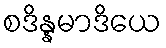
စဒိန္နမာဒိယေ